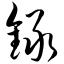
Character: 录